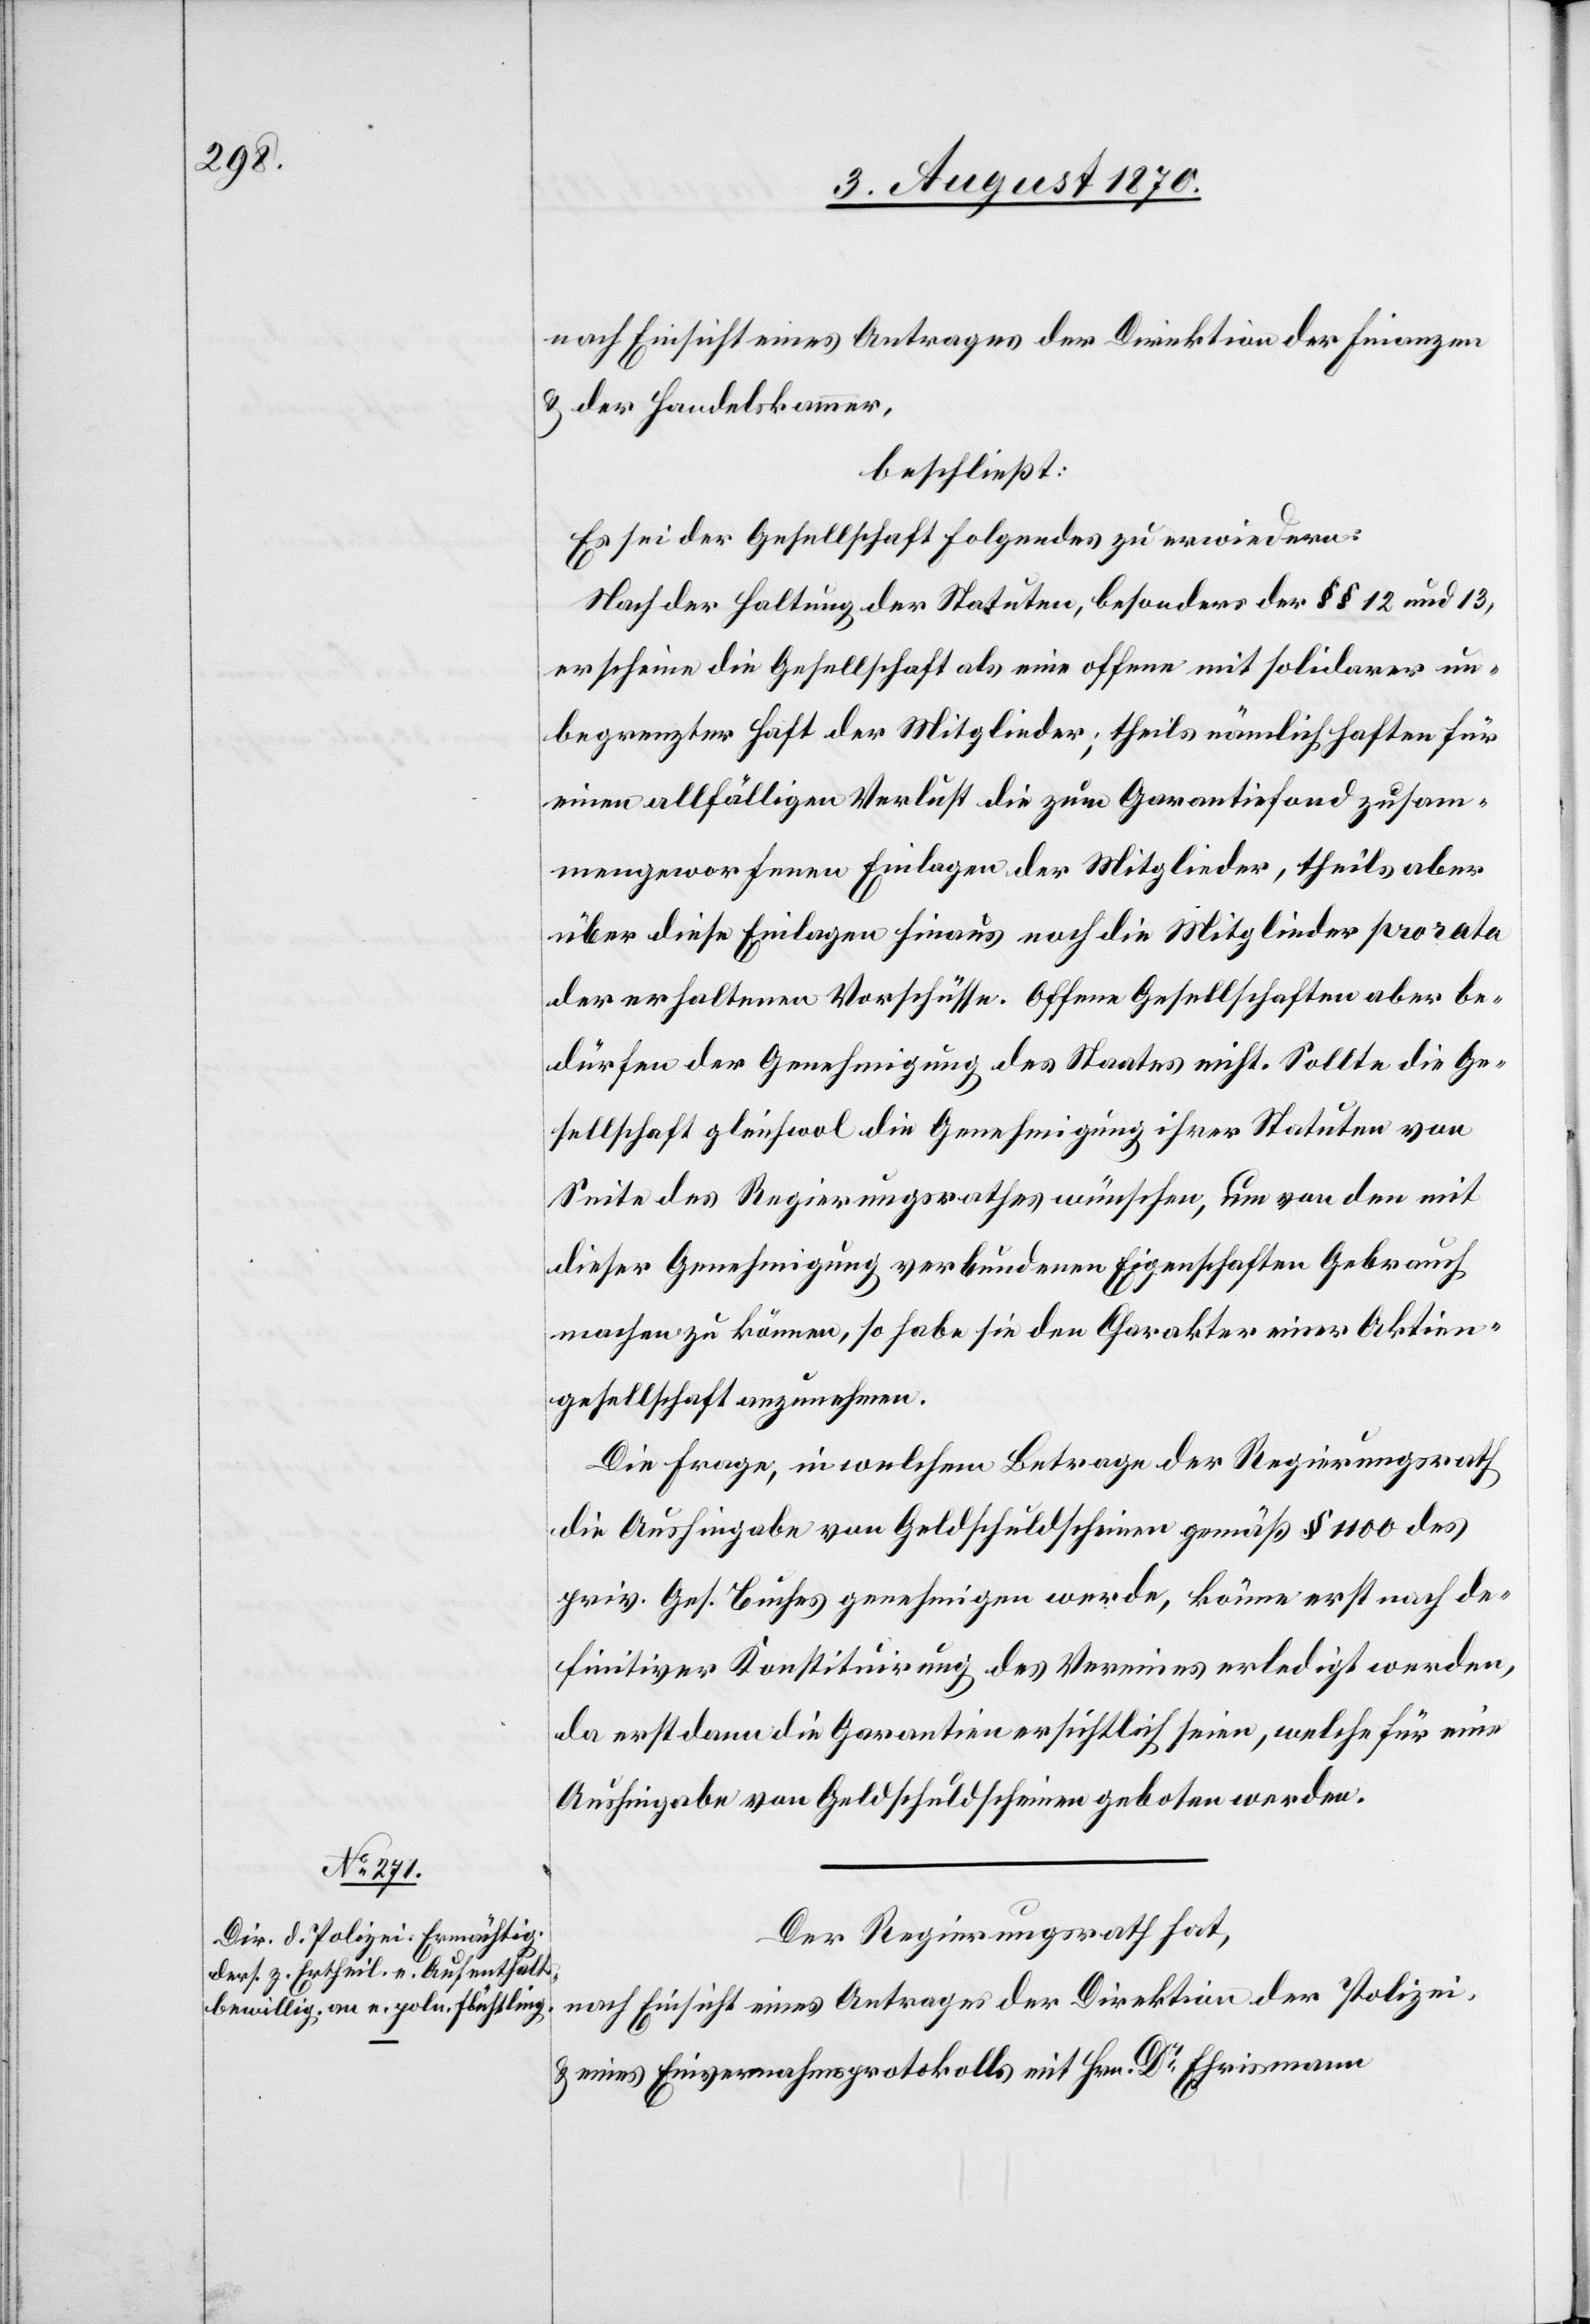
nach Einsicht eines Antrages der Direktion der Finanzen
& der Handelskammer,
beschließt:
Es sei der Gesellschaft folgendes zu erwiedern:
Nach der Haltung der Statuten, besonders der §§ 12 und 13,
erscheine die Gesellschaft als eine offene mit solidarer un¬
begrenzter Haft der Mitglieder; theils nämlich haften für
einen allfälligen Verlust die zum Garantiefond zusam¬
mengeworfenen Einlagen der Mitglieder, theils aber
über diese Einlagen hinaus noch die Mitglieder pro rata
der erhaltenen Vorschüsse. Offene Gesellschaften aber be¬
dürfen der Genehmigung des Staates nicht. Sollte die Ge¬
sellschaft gleichwol die Genehmigung ihrer Statuten von
Seite des Regierungsrathes wünschen, um von den mit
dieser Genehmigung verbundenen Eigenschaften Gebrauch
machen zu können, so habe sie den Charakter einer Aktien¬
gesellschaft anzunehmen.
Die Frage, in welchem Betrage der Regierungsrath
die Aushingabe von Geldschuldscheinen gemäß § 1100 des
priv. Ges. Buches genehmigen werden, könne erst nach de¬
finitiver Konstituirung des Vereines erledigt werden,
da erst dann die Garantien ersichtlich seien, welche für eine
Aushingabe von Geldschuldscheinen geboten werden.
Der Regierungsrath hat,
nach Einsicht eines Antrages der Direktion der Polizei
& eines Einvernahmsprotokolls mit Hrn. Dr Ehrismann